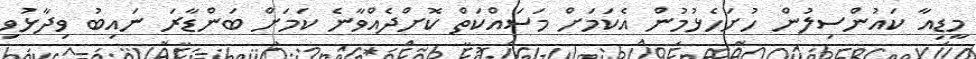
މީޑިއާ ކައުންސިލުން ހުށަހެޅުމުން އެކަމަށް މަސައްކަތް ކޮށްދެއްވާނެ ކަމަށް ބަންޑާރަ ނައިބު ވިދާޅުވި